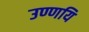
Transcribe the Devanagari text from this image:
उण्णयि